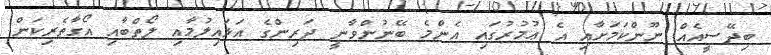
ބިދޭސީއެއް ނޫންކަމަށާއި އެ ޢުމުރުގައި އެންމެ ބޭނުންވާނީ ދަރިންގެ އަޅައިލުމާއި ލޯތްބާއި އޯގާތެރިކަން